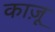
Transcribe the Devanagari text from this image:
काज़ू